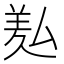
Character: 㕗